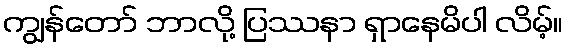
ကျွန်တော် ဘာလို့ ပြဿနာ ရှာနေမိပါ လိမ့်။